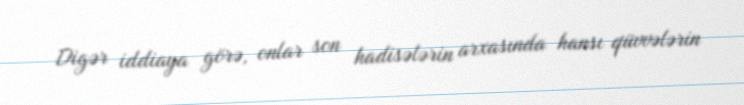
Digər iddiaya görə, onlar son hadisələrin arxasında hansı qüvvələrin